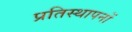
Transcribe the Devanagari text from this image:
प्रतिस्थापनों